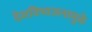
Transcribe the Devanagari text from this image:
देशविभाजनामुळे